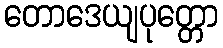
တောဒေယျပုတ္တော